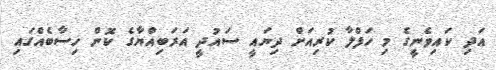
އަދި ކައިވެނީގެ މި ހަފްލާ ކުރިއަށް ދިޔައީ ސައުދީ އަރަބިއްޔާގެ ކޮން ހިސާބެއްގައި